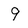
Character: 9